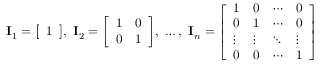
\mathbf { I } _ { 1 } = { \left[ \begin{array} { l } { 1 } \end{array} \right] } , \ \mathbf { I } _ { 2 } = { \left[ \begin{array} { l l } { 1 } & { 0 } \\ { 0 } & { 1 } \end{array} \right] } , \ \ldots , \ \mathbf { I } _ { n } = { \left[ \begin{array} { l l l l } { 1 } & { 0 } & { \cdots } & { 0 } \\ { 0 } & { 1 } & { \cdots } & { 0 } \\ { \vdots } & { \vdots } & { \ddots } & { \vdots } \\ { 0 } & { 0 } & { \cdots } & { 1 } \end{array} \right] }